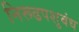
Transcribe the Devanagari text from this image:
निरूढपशुबंध